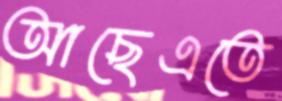
আছেএতে